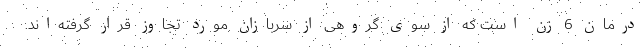
درمان 6 زن است که از سوی گروهی از سربازان مورد تجاوز قرار گرفته‌‌اند.